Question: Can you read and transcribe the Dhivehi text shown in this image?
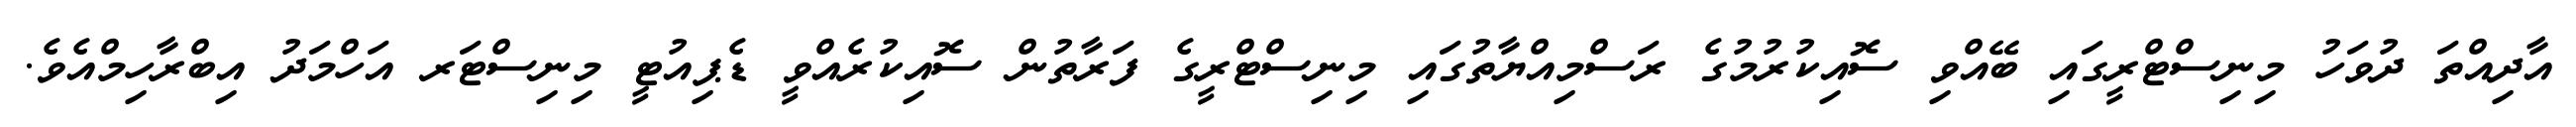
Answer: އާދިއްތަ ދުވަހު މިނިސްޓްރީގައި ބޭއްވި ސޮއިކުރުމުގެ ރަސްމިއްޔާތުގައި މިނިސްޓްރީގެ ފަރާތުން ސޮއިކުރެއްވީ ޑެޕިއުޓީ މިނިސްޓަރ އަހްމަދު އިބްރާހިމްއެވެ.